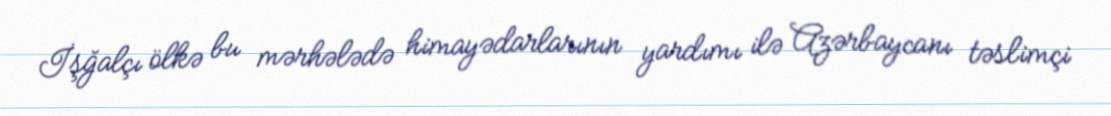
İşğalçı ölkə bu mərhələdə himayədarlarının yardımı ilə Azərbaycanı təslimçi